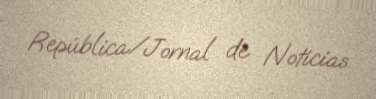
República/Jornal de Notícias.